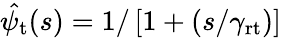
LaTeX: \hat{\psi_{\mathrm{t}}}(s)=1/\left[1+(s/\gamma_{\mathrm{rt}})\right]